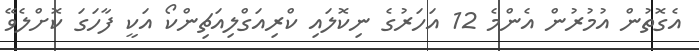
އެގޮތުން އުމުރުން އެންމެ 12 އަހަރުގެ ނިކޮލައި ކްރިއަގްލިއަޗިންކޯ އަކީ ފާހަަގަ ކޮށްލެވޭ